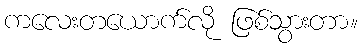
ကလေးတယောက်လို ဖြစ်သွားတာ။